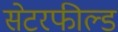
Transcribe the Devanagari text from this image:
सेटरफील्ड